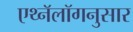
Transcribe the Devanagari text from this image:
एथ्नॅलॉगनुसार